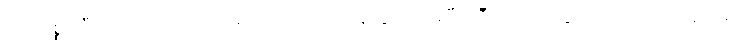
ဒေါ်သစ္စဝါဒီကို ၇၆ ရက်အကြာမှာ ထောင်က ပြန်လွှတ်ပေးပြီး သီရိလင်္ကာသွားတဲ့ လေယာဉ်ပေါ်မှာ